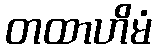
တထာဟိမံ